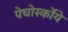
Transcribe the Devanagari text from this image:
पेचोर्स्कोये